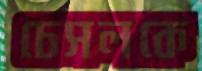
চেসলকে